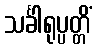
သင်္ခါရုပ္ပတ္တိံ